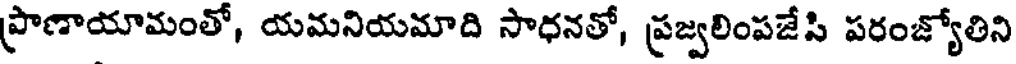
ప్రాణాయామంతో, యమనియమాది సాధనతో, ప్రజ్వలింపజేసి పరంజ్యోతిని